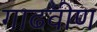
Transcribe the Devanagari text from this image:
गाढवीण